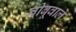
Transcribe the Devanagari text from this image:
नीबूवाले